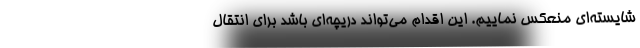
شایسته‌ای منعکس نماییم. این اقدام می‌تواند دریچه‌ای باشد برای انتقال